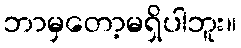
ဘာမှတော့မရှိပါဘူး။